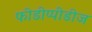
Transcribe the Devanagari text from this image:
फीडीप्पीडीज